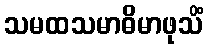
သမထသမာဓိမာဖုသိံ